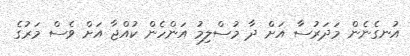
އުނގެނެން މަދަރުސާ އަށް ދާ މުސްލިމު އަންހެން ކުއްޖާ އަށް ވެސް މަރުގެ